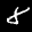
Label: 8